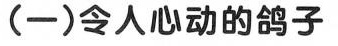
令人心动的鸽子